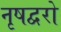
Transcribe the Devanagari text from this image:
नृषद्वरो